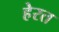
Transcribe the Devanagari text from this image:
हेरत